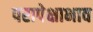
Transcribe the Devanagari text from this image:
परापेक्षाभाव